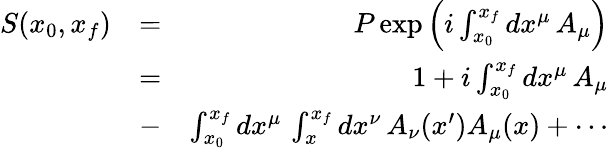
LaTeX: \begin{array}{rlr}{S(x_{0},x_{f})}&{=}&{P\exp\left(i\int_{x_{0}}^{x_{f}}dx^{\mu}\, A_{\mu}\right)}\\ &{=}&{1+i\int_{x_{0}}^{x_{f}}dx^{\mu}\, A_{\mu}}\\ &{-}&{\int_{x_{0}}^{x_{f}}dx^{\mu}\, \int_{x}^{x_{f}}dx^{\nu}\, A_{\nu}(x^{\prime})A_{\mu}(x)+\cdots}\end{array}